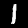
Digit: 1